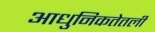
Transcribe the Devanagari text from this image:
आधुनिकतेतली